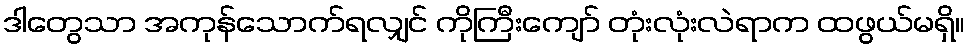
ဒါတွေသာ အကုန်သောက်ရလျှင် ကိုကြီးကျော် တုံးလုံးလဲရာက ထဖွယ်မရှိ။